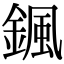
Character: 𩗩